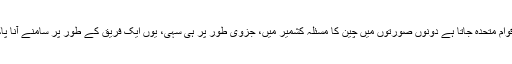
بھارت اس ذلت کو برداشت کرتا ہے یا اقوام متحدہ جاتا ہے دونوں صورتوں میں چین کا مسئلہ کشمیر میں، جزوی طور پر ہی سہی، یوں ایک فریق کے طور پر سامنے آنا پاکستان کے مفادات کے عین مطابق ہو گا۔